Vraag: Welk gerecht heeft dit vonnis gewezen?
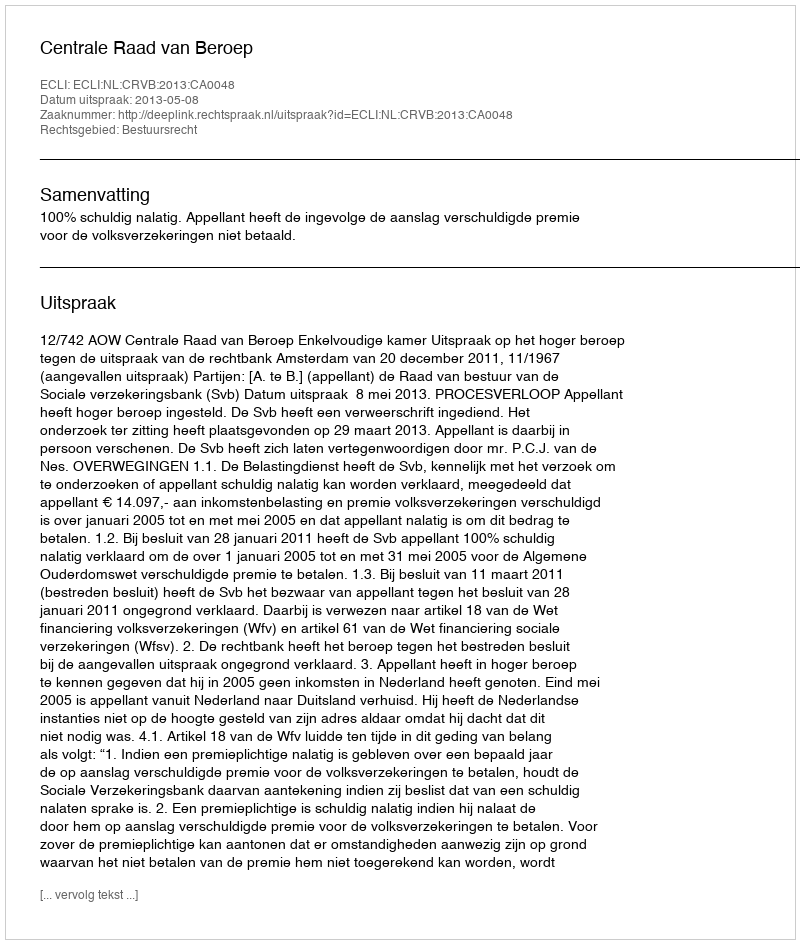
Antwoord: Centrale Raad van Beroep